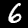
Label: 6